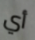
أي